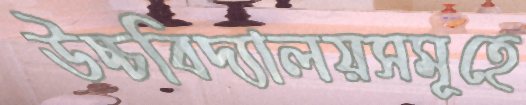
উচ্চবিদ্যালয়সমূহে